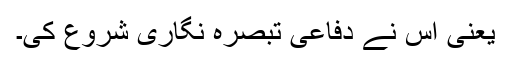
یعنی اس نے دفاعی تبصرہ نگاری شروع کی۔